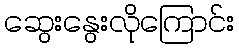
ဆွေးနွေးလိုကြောင်း